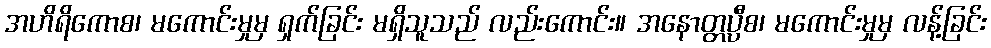
အဟိရိကောစ၊ မကောင်းမှုမှ ရှက်ခြင်း မရှိသူသည် လည်းကောင်း။ အနောတ္တပ္ပီစ၊ မကောင်းမှုမှ လန့်ခြင်း